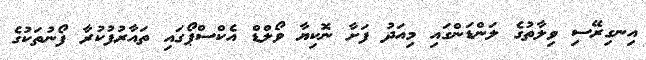
އިނގިރޭސި ވިލާތުގެ ލަންޑަންގައި މިއަދު ފަށާ ނޮކިޔާ ވޯލްޑް އެކްސްޕޯގައި ތައާރުފުކުރާ ފޯނުތަކުގެ